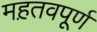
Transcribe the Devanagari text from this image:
मह़तवपूर्ण